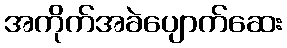
အကိုက်အခဲပျောက်ဆေး